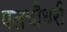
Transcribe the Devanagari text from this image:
पलचौधरी